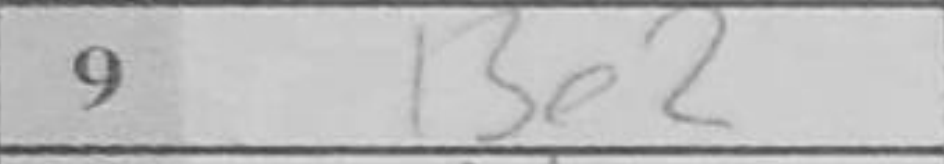
Transcription: Be2